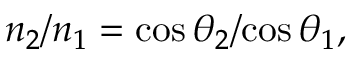
{ n _ { 2 } } / { n _ { 1 } } = { \cos \theta _ { 2 } } / { \cos \theta _ { 1 } } ,